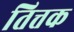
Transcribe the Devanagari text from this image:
तित्तक